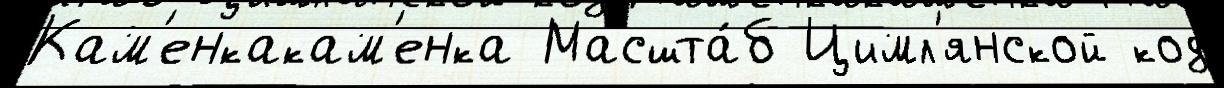
Кам'енкакам'енка Масшта́б Цимл'янской код